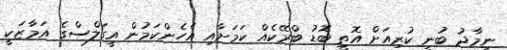
ނިމާދު ބުނީ ކުރިއަށް އޮތީ ބޮޑު ބްރޭކެއް ކަމަށާއި އެހެންކަމުން އީގަލްސްގެ އަމާޒަކީ